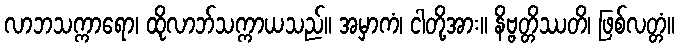
လာဘသက္ကာရော၊ ထိုလာဘ်သက္ကာယသည်။ အမှာကံ၊ ငါတို့အား။ နိဗ္ဗတ္တိဿတိ၊ ဖြစ်လတ္တံ။